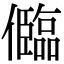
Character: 𠐼